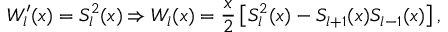
W _ { l } ^ { \prime } ( x ) = S _ { l } ^ { 2 } ( x ) \Rightarrow W _ { l } ( x ) = \frac { x } { 2 } \left[ S _ { l } ^ { 2 } ( x ) - S _ { l + 1 } ( x ) S _ { l - 1 } ( x ) \right] ,